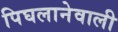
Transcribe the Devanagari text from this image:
पिघलानेवाली